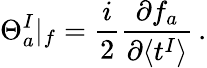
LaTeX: \Theta_{a}^{I}|_{f}=\frac{i}{2}\frac{\partial f_{a}}{\partial\langle t^{I}\rangle}\, .